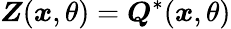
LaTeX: \boldsymbol{Z}(\boldsymbol{x},\theta)=\boldsymbol{Q}^{*}(\boldsymbol{x},\theta)